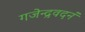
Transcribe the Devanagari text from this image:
गजेन्द्रवदनं